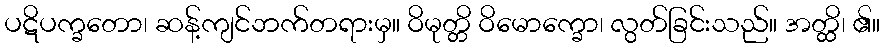
ပဋိပက္ခတော၊ ဆန့်ကျင်ဘက်တရားမှ။ ဝိမုတ္တိ ဝိမောက္ခော၊ လွတ်ခြင်းသည်။ အတ္ထိ၊ ၏။